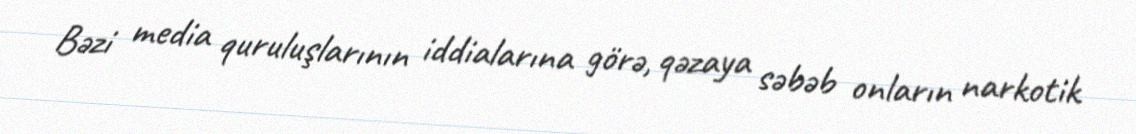
Bəzi media quruluşlarının iddialarına görə, qəzaya səbəb onların narkotik